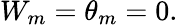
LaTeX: W_{m}=\theta_{m}=0.